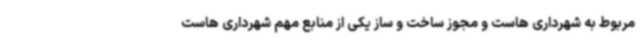
مربوط به شهرداری هاست و مجوز ساخت و ساز یکی از منابع مهم شهرداری هاست